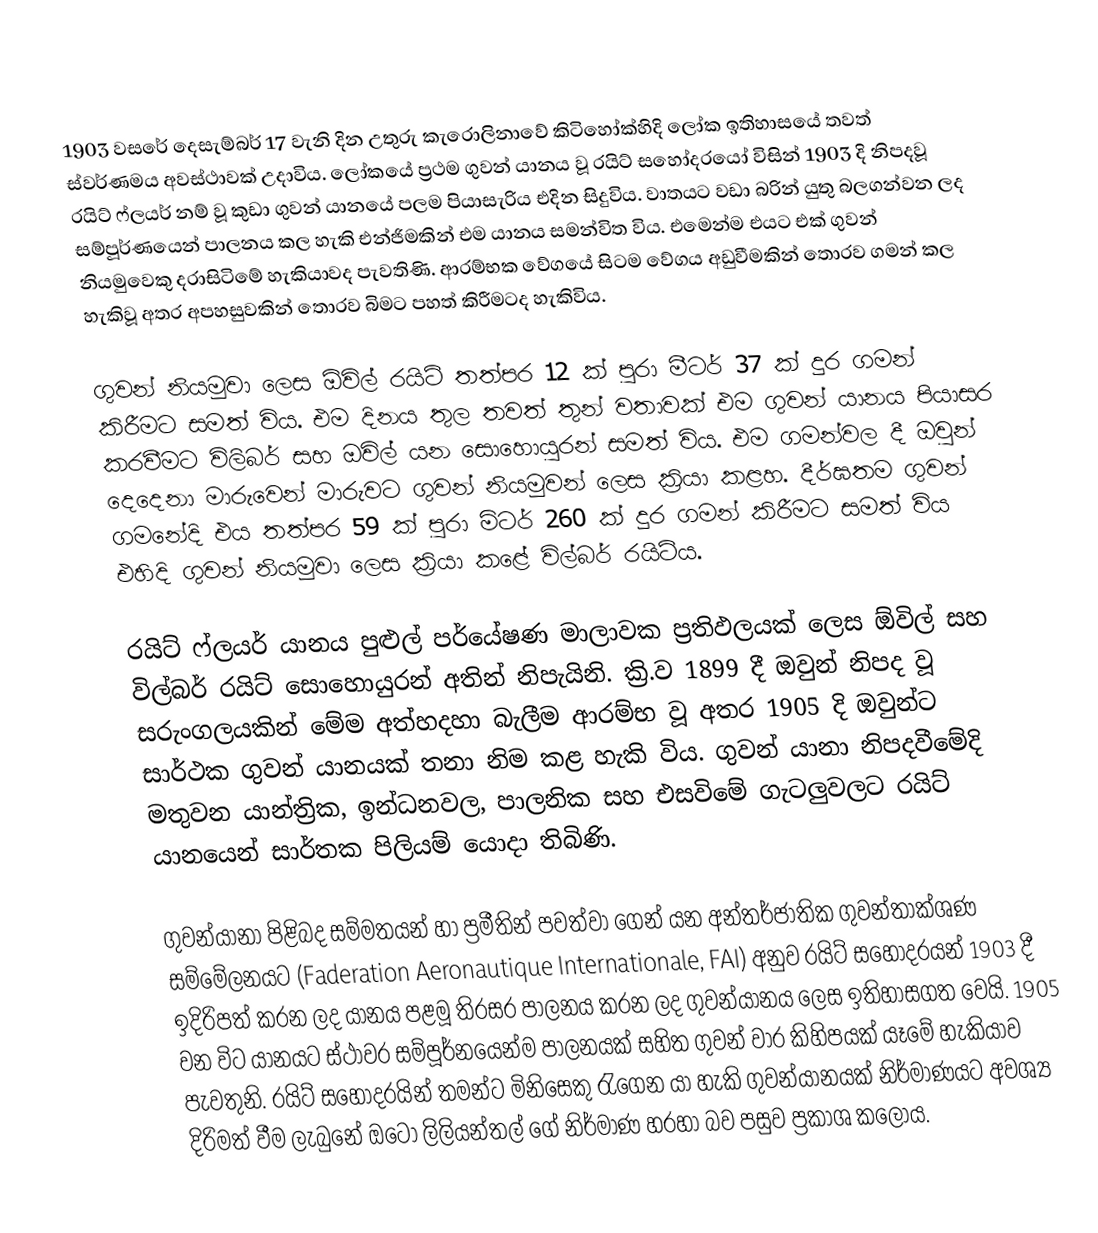
1903 වසරේ දෙසැම්බර් 17 වැනි දින උතුරු කැරොලිනාවේ කිටිහෝක්හිදි ලෝක ඉතිහාසයේ තවත් ස්වර්ණමය අවස්ථාවක් උදාවිය. ලෝකයේ ප්‍රථම ගුවන් යානය වූ රයිට් සහෝදරයෝ විසින් 1903 දි නිපදවූ රයිට් ෆ්ලයර් නම් වූ කුඩා ගුවන් යානයේ පලම පියාසැරිය එදින සිදුවිය. වාතයට වඩා බරින් යුතු බලගන්වන ලද සම්පූර්ණයෙන් පාලනය කල හැකි එන්ජිමකින් එම යානය සමන්විත විය. එමෙන්ම එයට එක් ගුවන් නියමුවෙකු දරාසිටිමේ හැකියාවද පැවතිණි. ආරම්භක වේගයේ සිටම වේගය අඩුවීමකින් තොරව ගමන් කල හැකිවූ අතර අපහසුවකින් තොරව බිමට පහත් කිරීමටද හැකිවිය.

ගුවන් නියමුවා ලෙස ඕවිල් රයිට් තත්පර 12 ක් පුරා මීටර් 37 ක් දුර ගමන් කිරීමට සමත් විය. එම දිනය තුල තවත් තුන් වතාවක් එම ගුවන් යානය පියාසර කරවීමට විලිබර් සහ ඔවිල් යන සොහොයුරන් සමත් විය. එම ගමන්වල දී ඔවුන් දෙදෙනා මාරුවෙන් මාරුවට ගුවන් නියමුවන් ලෙස ක්‍රියා කළහ. දීර්ඝතම ගුවන් ගමනේදි එය තත්පර 59 ක් පුරා මිටර් 260 ක් දුර ගමන් කිරීමට සමත් විය එහිදි ගුවන් නියමුවා ලෙස ක්‍රියා කළේ විල්බර් රයිට්ය.

රයිට් ෆ්ලයර් යානය පුළුල් පර්යේෂණ මාලාවක ප්‍රතිඵලයක් ලෙස ඕවිල් සහ විල්බර් රයිට් සොහොයුරන් අතින් නිපැයිනි. ක්‍රි.ව 1899 දී ඔවුන් නිපද වූ සරුංගලයකින් මේම අත්හදහා බැලීම ආරම්භ වූ අතර 1905 දි ඔවුන්ට සාර්ථක ගුවන් යානයක් තනා නිම කළ හැකි විය. ගුවන් යානා නිපදවීමේදි මතුවන යාන්ත්‍රික, ඉන්ධනවල, පාලනික සහ එසවිමේ ගැටලුවලට රයිට් යානයෙන් සාර්තක පිලියම් යොදා තිබිණි.

ගුවන්යානා පිළිබද සම්මතයන් හා ප්‍රමීතින් පවත්වා ගෙන් යන අන්තර්ජාතික ගුවන්තාක්ශණ සම්මේලනයට (Faderation Aeronautique Internationale, FAI) අනුව රයිට් සහෝදරයන් 1903 දී ඉදිරිපත් කරන ලද යානය පළමූ තිරසර පාලනය කරන ලද ගුවන්යානය ලෙස ඉතිහාසගත වෙයි. 1905 වන විට යානයට ස්ථාවර සම්පූර්නයෙන්ම පාලනයක් සහිත ගුවන් වාර කිහිපයක් යෑමේ හැකියාව පැවතුනි. රයිට් සහෝදරයින් තමන්ට මිනිසෙකු රැගෙන යා හැකි ගුවන්යානයක් නිර්මාණයට අවශ්‍ය දිරිමත් වීම ලැබුනේ ඔටෝ ලිලියන්තල් ගේ නිර්මාණ හරහා බව පසුව ප්‍රකාශ කලෝය.